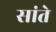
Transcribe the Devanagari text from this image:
सांते